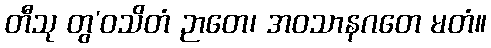
တီသု တွ’ဝသိတံ ဉာတေ၊ အဝသာနဂတေ မတံ။